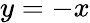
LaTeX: y=-x